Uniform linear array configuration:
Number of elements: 4
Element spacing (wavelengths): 1
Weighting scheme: hamming
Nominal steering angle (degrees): -60
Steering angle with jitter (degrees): -61.619
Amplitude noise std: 0.05
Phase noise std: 0.05

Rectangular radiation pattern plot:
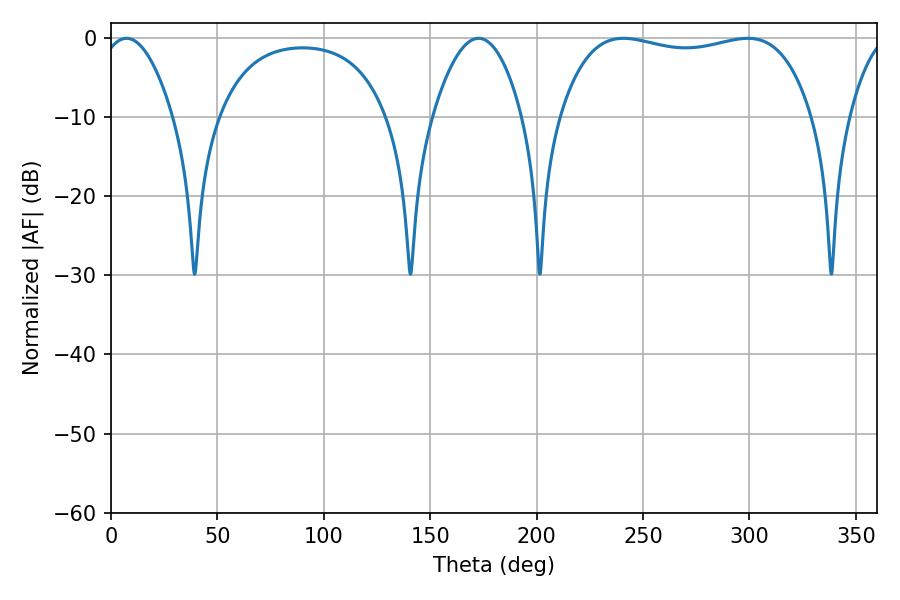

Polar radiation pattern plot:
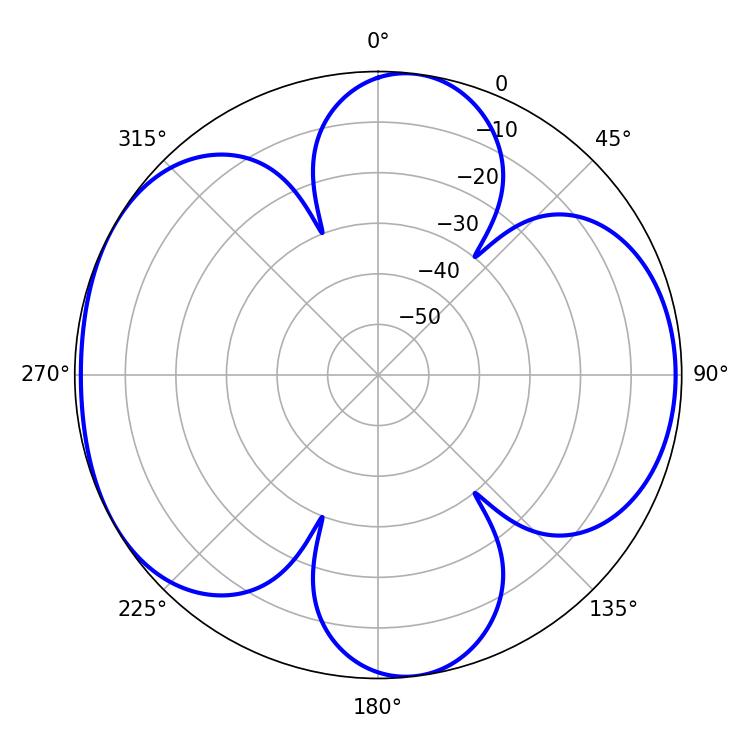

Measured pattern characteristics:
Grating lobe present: TRUE
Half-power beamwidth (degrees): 95.4
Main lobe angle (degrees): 240.84